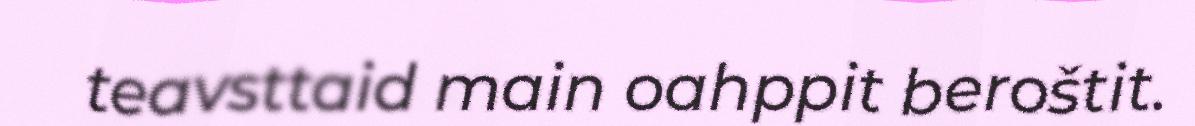
teavsttaid main oahppit beroštit.